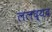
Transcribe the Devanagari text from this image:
ललद्यद